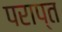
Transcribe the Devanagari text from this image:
पराप्त